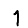
Digit: 1